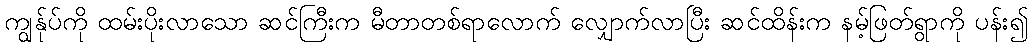
ကျွန်ုပ်ကို ထမ်းပိုးလာသော ဆင်ကြီးက မီတာတစ်ရာလောက် လျှောက်လာပြီး ဆင်ထိန်းက နမ့်ဖြတ်ရွာကို ပန်း၍